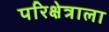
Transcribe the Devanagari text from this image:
परिक्षेत्राला